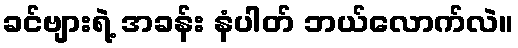
ခင်ဗျားရဲ့ အခန်း နံပါတ် ဘယ်လောက်လဲ။